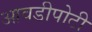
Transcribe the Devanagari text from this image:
आवडीपोटी